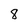
Character: 8